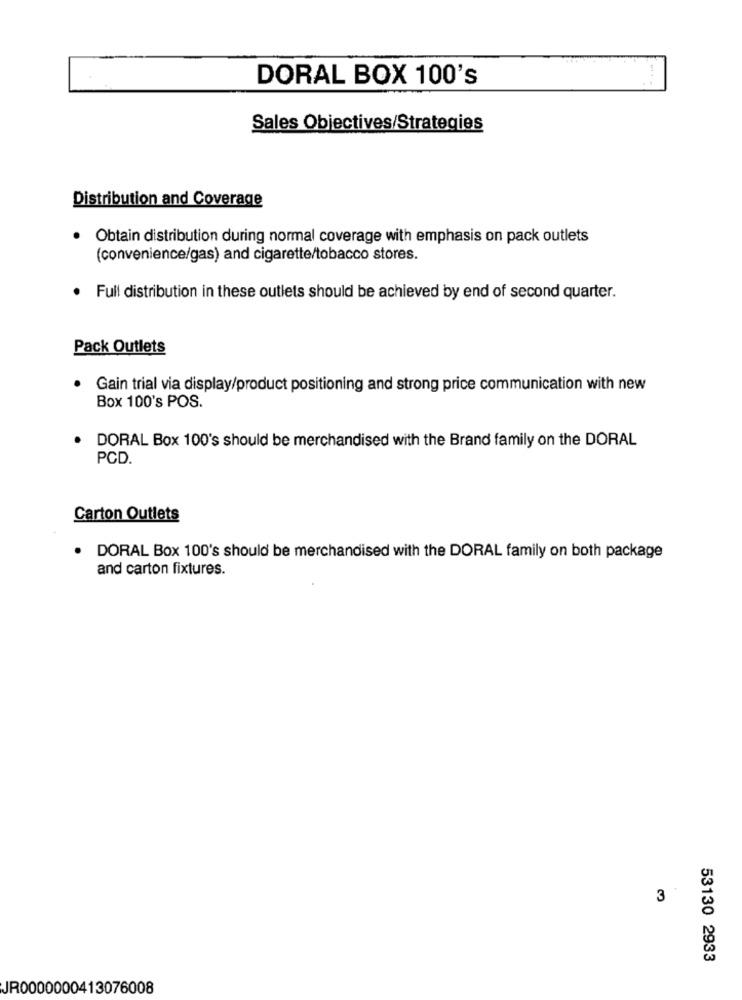
DORAL BOX 100's
Sales Objectives/Strategies
Distribution and Coverage
Obtain distribution during normal coverage with emphasis on pack outlets
(convenience/gas) and cigarette/tobacco stores.
Full distribution in these outlets should be achieved by end of second quarter.
Pack Outlets
Gain trial via display/product positioning and strong price communication with new
Box 100's POS.
DORAL Box 100's should be merchandised with the Brand family on the DORAL
PCD.
Carton Outlets
. DORAL Box 100's should be merchandised with the DORAL family on both package
and carton fixtures.
3
53130 2933
JR0000000413076008